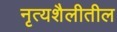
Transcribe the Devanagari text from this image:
नृत्यशैलीतील